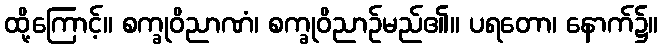
ထို့ကြောင့်။ စက္ခုဝိညာဏံ၊ စက္ခုဝိညာဉ်မည်၏။ ပရတော၊ နောက်၌။